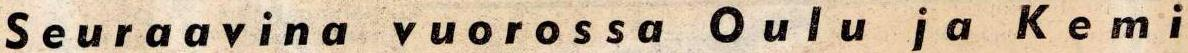
Seuraavina vuorossa Oulu ja Kemi